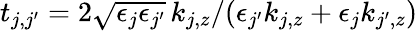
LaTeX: t_{j,j^{\prime}}=2\sqrt{\epsilon_{j}\epsilon_{j^{\prime}}}\, k_{j,z}/(\epsilon_{j^{\prime}}k_{j,z}+\epsilon_{j}k_{j^{\prime},z})